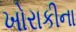
ખોરાકીના